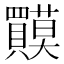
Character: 𲂷